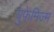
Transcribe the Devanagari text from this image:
युफेमिज्म